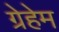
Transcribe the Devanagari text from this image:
ग्रेहेम